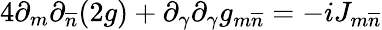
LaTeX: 4\partial_{m}\partial_{\overline{{{n}}}}(2g)+\partial_{\gamma}\partial_{\gamma}g_{m\overline{{{n}}}}=-iJ_{m\overline{{{n}}}}